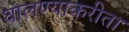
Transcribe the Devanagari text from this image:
घालण्याकरीता